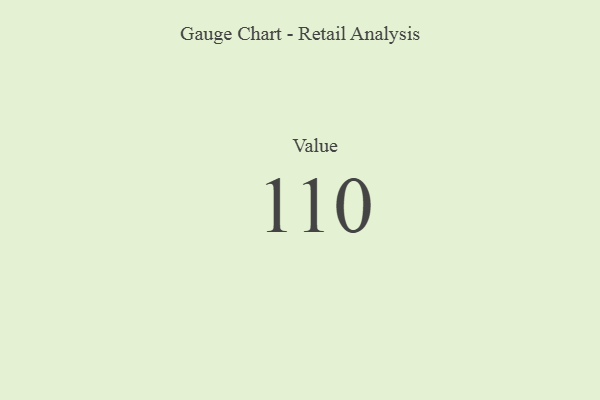
{"axis": {"x": "Metric", "y": "Value"}, "legend": [""], "data": [{"x": "Value", "y": 110, "type": ""}]}